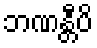
ဘဏန္တီပိ